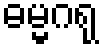
ဓမ္မဂရု